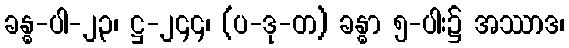
ခန္ဓ-ပါ-၂၃၊ ဋ္ဌ-၂၄၄၊ (ပ-ဒု-တ) ခန္ဓာ ၅-ပါး၌ အဿာဒ၊